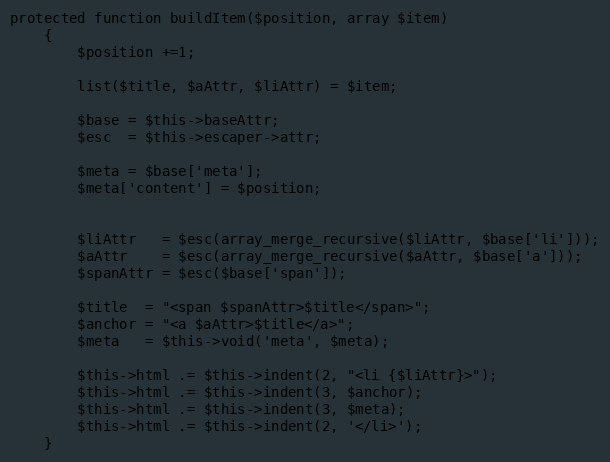
Language: PHP
protected function buildItem($position, array $item)
    {
        $position +=1;

        list($title, $aAttr, $liAttr) = $item;

        $base = $this->baseAttr;
        $esc  = $this->escaper->attr;

        $meta = $base['meta'];
        $meta['content'] = $position;

        $liAttr   = $esc(array_merge_recursive($liAttr, $base['li']));
        $aAttr    = $esc(array_merge_recursive($aAttr, $base['a']));
        $spanAttr = $esc($base['span']);

        $title  = "<span $spanAttr>$title</span>";
        $anchor = "<a $aAttr>$title</a>";
        $meta   = $this->void('meta', $meta);

        $this->html .= $this->indent(2, "<li {$liAttr}>");
        $this->html .= $this->indent(3, $anchor);
        $this->html .= $this->indent(3, $meta);
        $this->html .= $this->indent(2, '</li>');
    }